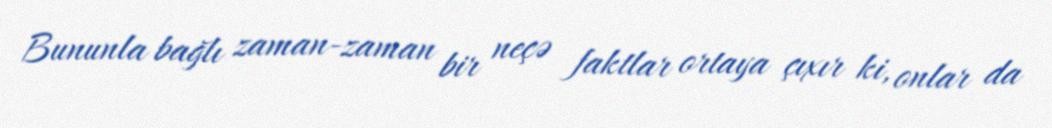
Bununla bağlı zaman-zaman bir neçə faktlar ortaya çıxır ki, onlar da